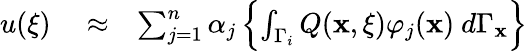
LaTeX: \begin{array}{rlr}{u({\mathbf\xi})}&{{}\approx}&{\sum_{j=1}^{n}\alpha_{j}\left\{ \int_{\Gamma_{i}}Q(\mathbf{x},{\mathbf\xi})\varphi_{j}(\mathbf{x})\ d\Gamma_{\mathbf{x}}\right\} }\end{array}